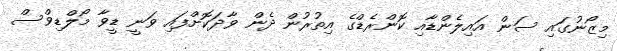
މިޒޯނުގައި ސަން އައިލެންޑާއި ކޮންރެޑްގެ އިތުރުން ދެން ވާދަކޮށްފައި ވަނީ ޑީވާ މޯލްޑިވްސް